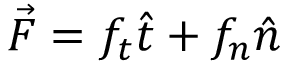
\vec { F } = f _ { t } \hat { t } + f _ { n } \hat { n }